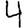
Digit: 4